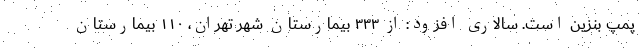
پمپ بنزین است. سالاری افزود: از ۳۳۳ بیمارستان شهر تهران، ۱۱۰ بیمارستان